Report of the Municipal Commissioner on the plague in Bombay for the year ending 31st May... - Volume 3
Disease focus: Plague
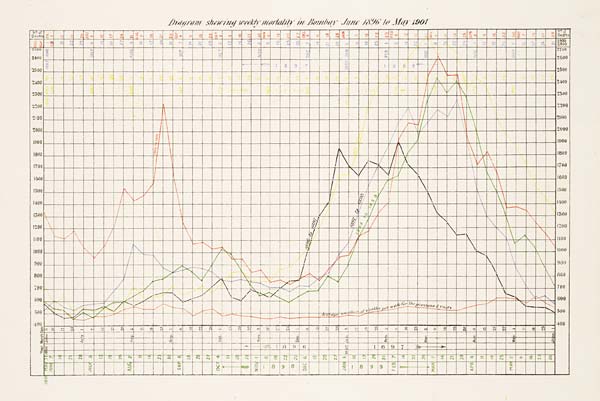
Diagram shewing weekly mortality in Bombay June 1896 to May 1901.